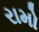
રામો